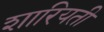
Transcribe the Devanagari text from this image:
शारियती